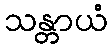
သန္တာယံ